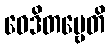
ဝေဒိတဗ္ဗေတိ